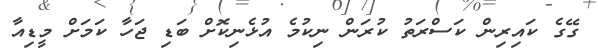
ގޭގެ ކައިރިން ކަސްރަތު ކުރަން ނިކުމެ އުޅެނިކޮށް ބަޑި ޖަހާ ކަމަށް މީޑިއާ